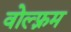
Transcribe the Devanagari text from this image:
वोल्फ़्रम